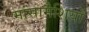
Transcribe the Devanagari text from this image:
मांसामेशियों